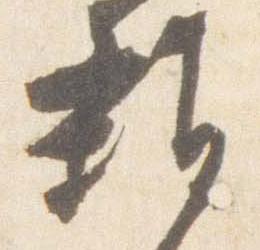
雑